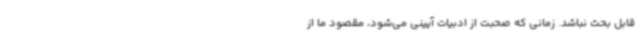
قابل بحث نباشد. زمانی که صحبت از ادبیات آیینی می‌شود، مقصود ما از